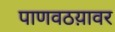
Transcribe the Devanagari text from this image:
पाणवठय़ावर